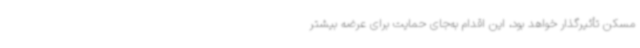
مسکن تأثیرگذار خواهد بود، این اقدام به‌جای حمایت برای عرضه بیشتر